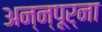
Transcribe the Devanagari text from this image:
अन्न्पूर्ना